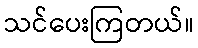
သင်ပေးကြတယ်။